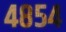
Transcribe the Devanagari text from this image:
४८५४